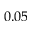
0 . 0 5